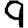
Digit: 9